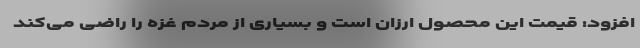
افزود: قیمت این محصول ارزان است و بسیاری از مردم غزه را راضی می‌کند